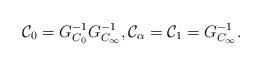
LaTeX: \begin{align*}\mathcal{C}_0=G_{C_0}^{-1}G_{C_\infty}^{-1},\mathcal{C}_\alpha=\mathcal{C}_1=G_{C_\infty}^{-1}.\end{align*}